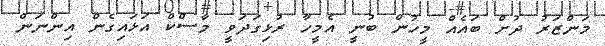
މަންޒަރު ދުށް ބައެއް މީހުން ބުނީ އެމީހާ ރުޅިގަދަވީ މާސްކް އަޅައިގެން އިންނަން